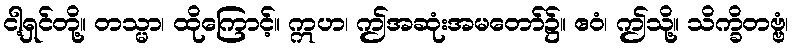
ငါ့ရှင်တို့။ တသ္မာ၊ ထိုကြောင့်။ ဣဟ၊ ဤအဆုံးအမတော်၌။ ဧဝံ၊ ဤသို့။ သိက္ခိတဗ္ဗံ၊